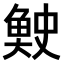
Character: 𫙓